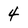
Character: 4